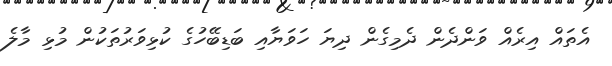
އެތައް އިރެއް ވަންދެން ދެމިގެން ދިޔަ ހަވަޔާއި ބަޑިބޭހުގެ ކުޅިވަރުތަކުން މުޅި މާލެ